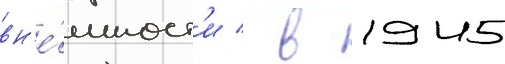
вн'е́шност'и / в 1945